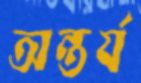
অন্তর্য